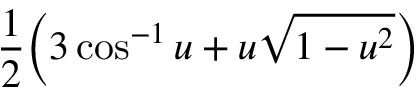
\frac { 1 } { 2 } \bigg ( 3 \cos ^ { - 1 } u + u \sqrt { 1 - u ^ { 2 } } \bigg )